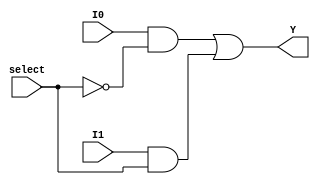
module MUX_2to1_1bit(
output Y,
input I0,I1,
input select
    );
    wire selectbar;
    wire Y0,Y1;
    not N1(selectbar,select);
    and A0(Y0,I0,selectbar);
    and A1(Y1,I1,select);
    or O1(Y,Y0,Y1);
endmodule